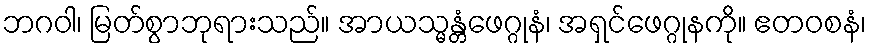
ဘဂဝါ၊ မြတ်စွာဘုရားသည်။ အာယသ္မန္တံဖေဂ္ဂုနံ၊ အရှင်ဖေဂ္ဂုနကို။ ဧတဝစနံ၊